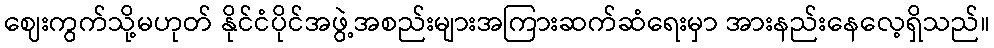
ဈေးကွက်သို့မဟုတ် နိုင်ငံပိုင်အဖွဲ့အစည်းများအကြားဆက်ဆံရေးမှာ အားနည်းနေလေ့ရှိသည်။